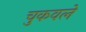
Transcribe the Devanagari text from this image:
चुकवले